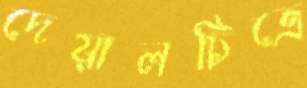
দেয়ালচিত্রে